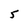
Character: 5